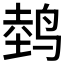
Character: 𱊀